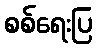
စစ်ရေးပြ